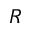
R